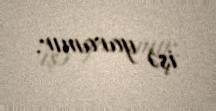
işə yaramır.